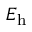
E _ { \mathrm { h } }